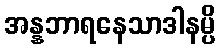
အန္နဘာရနေသာဒါနမ္ပိ